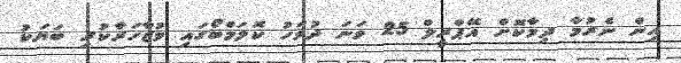
އިން ނެރުމާ ދިމާކޮށް އޭޕްރީލް 25 ވަނަ ދުވަހު ކޮލަމްބޯގައި މުޒާހަރާކުރި ބަޔަކު